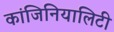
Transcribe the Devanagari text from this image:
कांजिनियालिटी